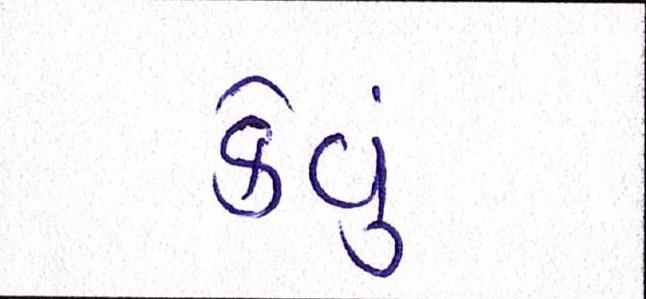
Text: કેવું